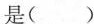
是( )